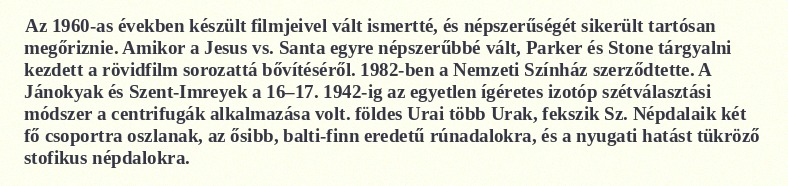
Az 1960-as években készült filmjeivel vált ismertté, és népszerűségét sikerült tartósan megőriznie. Amikor a Jesus vs. Santa egyre népszerűbbé vált, Parker és Stone tárgyalni kezdett a rövidfilm sorozattá bővítéséről. 1982-ben a Nemzeti Színház szerződtette. A Jánokyak és Szent-Imreyek a 16–17. 1942-ig az egyetlen ígéretes izotóp szétválasztási módszer a centrifugák alkalmazása volt. földes Urai több Urak, fekszik Sz. Népdalaik két fő csoportra oszlanak, az ősibb, balti-finn eredetű rúnadalokra, és a nyugati hatást tükröző stofikus népdalokra.